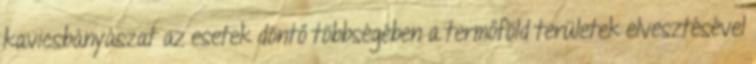
kavicsbányászat az esetek döntő többségében a termőföld területek elvesztésével